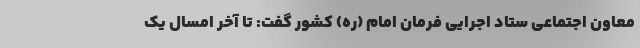
معاون اجتماعی ستاد اجرایی فرمان امام (ره) کشور گفت: تا آخر امسال یک